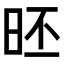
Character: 𣆏